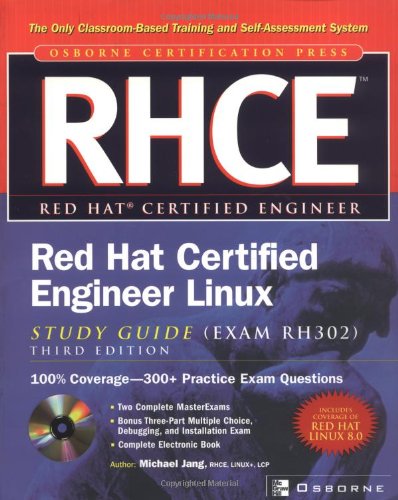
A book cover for RHCE Red Hat Certified Engineer Linux Study Guide (Exam RH302), Third Edition; Michael Jang; Computers & Technology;